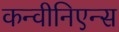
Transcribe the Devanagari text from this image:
कन्वीनिएन्स